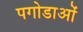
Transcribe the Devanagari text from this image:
पगोडाओं